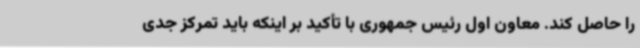
را حاصل کند. معاون اول رئیس جمهوری با تأکید بر اینکه باید تمرکز جدی